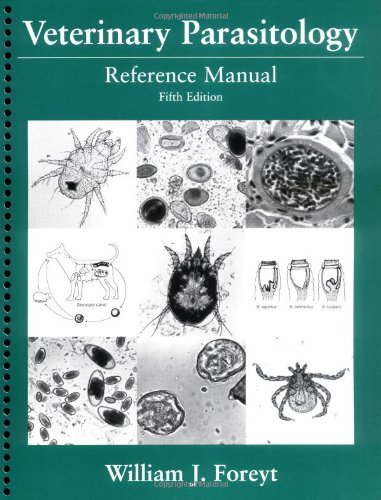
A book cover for Veterinary Parasitology: Reference Manual 5th Edition (Fifth Ed.) 5e Foreyt 2001; William Foreyt; Medical Books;